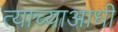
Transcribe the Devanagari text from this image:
त्याच्याआधी